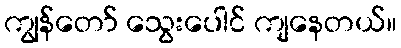
ကျွန်တော် သွေးပေါင် ကျနေတယ်။